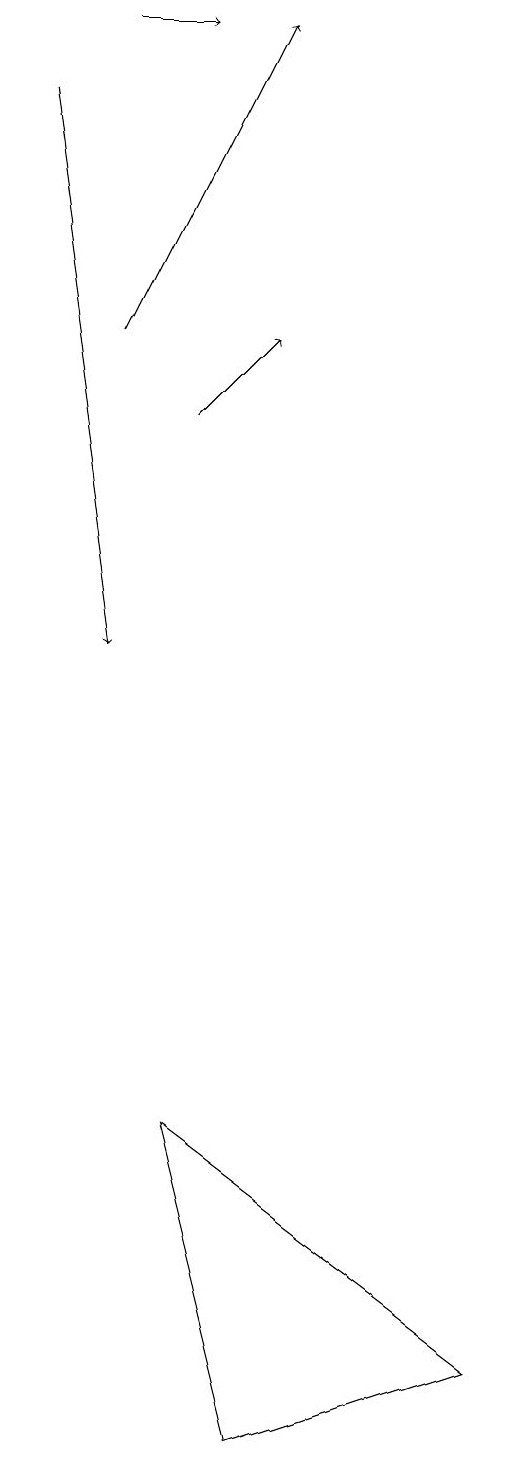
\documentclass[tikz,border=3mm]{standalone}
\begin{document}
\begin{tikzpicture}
\draw[->] (1,18) -- (2,18);
\draw[->] (1,14) -- (3,18);
\draw[->] (2,13) -- (3,14);
\draw (6,1) -- (3,0) -- (2,4) -- cycle;
\draw[->] (0,17) -- (1,10);
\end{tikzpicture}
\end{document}